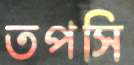
তপসি